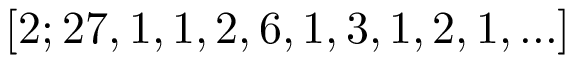
[ 2 ; 2 7 , 1 , 1 , 2 , 6 , 1 , 3 , 1 , 2 , 1 , . . . ]